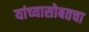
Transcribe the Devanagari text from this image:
यांच्यासोबतचा